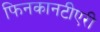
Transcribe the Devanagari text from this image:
फिनकानटीएरी